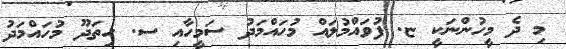
މި ދެ މީހުންނަކީ ޏ. ފުވައްމުލައް މުހައްމަދު ސަމީހާއި ސ. ހިތަދޫ މުހައްމަދު